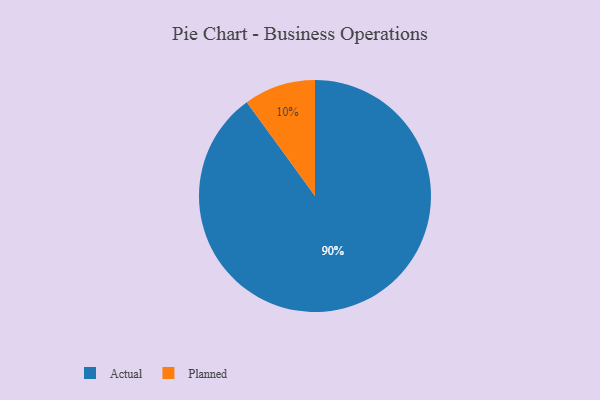
{"axis": {"x": "Category", "y": "Percentage"}, "legend": ["Actual", "Planned"], "data": [{"x": "Actual", "y": 90, "type": "Actual"}, {"x": "Planned", "y": 10, "type": "Planned"}]}